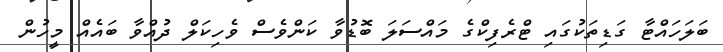
ބަލަހައްޓާ ގަޑިތަކުގައި ޓްރެފިކްގެ މައްސަލަ ބޮޑުވާ ކަންވެސް ވެހިކަލް ދުއްވާ ބައެއް މީހުން